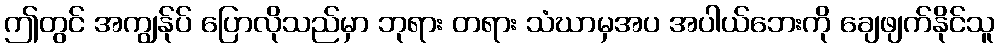
ဤတွင် အကျွန်ုပ် ပြောလိုသည်မှာ ဘုရား တရား သံဃာမှအပ အပါယ်ဘေးကို ချေဖျက်နိုင်သူ